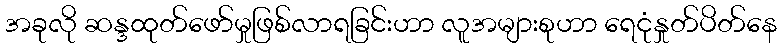
အခုလို ဆန္ဒထုတ်ဖော်မှုဖြစ်လာရခြင်းဟာ လူအများစုဟာ ရေငုံနှုတ်ပိတ်နေ